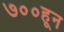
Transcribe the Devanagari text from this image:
७००हून